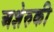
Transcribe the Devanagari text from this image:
अशेरुकी